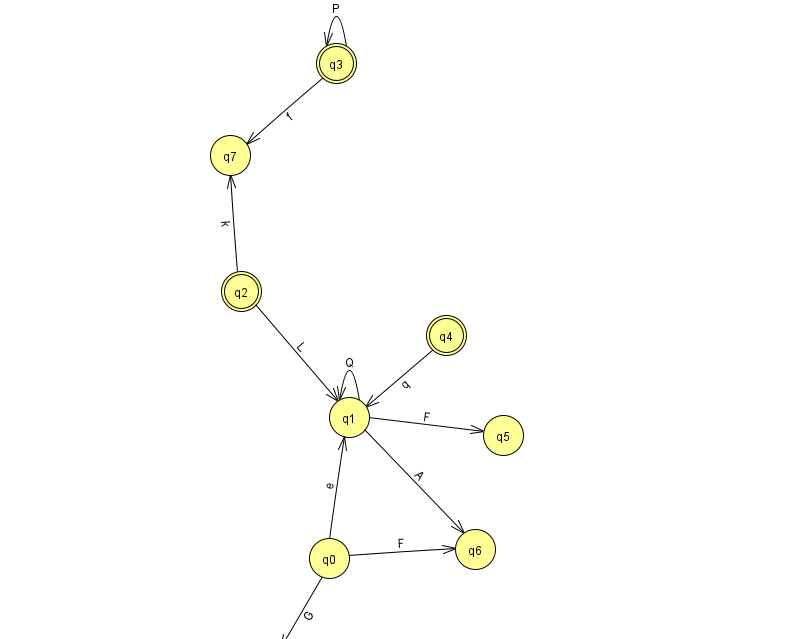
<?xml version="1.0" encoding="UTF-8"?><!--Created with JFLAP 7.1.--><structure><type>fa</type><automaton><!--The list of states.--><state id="0" name="q0"><x>329.0</x><y>545.0</y></state><state id="1" name="q1"><x>349.0</x><y>404.0</y></state><state id="2" name="q2"><x>241.0</x><y>278.0</y><final/></state><state id="3" name="q3"><x>336.0</x><y>50.0</y><final/></state><state id="4" name="q4"><x>446.0</x><y>322.0</y><final/></state><state id="5" name="q5"><x>503.0</x><y>422.0</y></state><state id="6" name="q6"><x>475.0</x><y>536.0</y></state><state id="7" name="q7"><x>230.0</x><y>142.0</y></state><state id="8" name="q8"><x>269.0</x><y>651.0</y><initial/></state><!--The list of transitions.--><transition><from>3</from><to>3</to><read>P</read></transition><transition><from>1</from><to>1</to><read>Q</read></transition><transition><from>4</from><to>1</to><read>q</read></transition><transition><from>0</from><to>8</to><read>G</read></transition><transition><from>0</from><to>1</to><read>e</read></transition><transition><from>2</from><to>1</to><read>L</read></transition><transition><from>2</from><to>7</to><read>k</read></transition><transition><from>1</from><to>6</to><read>A</read></transition><transition><from>1</from><to>5</to><read>F</read></transition><transition><from>0</from><to>6</to><read>F</read></transition><transition><from>3</from><to>7</to><read>f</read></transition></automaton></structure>